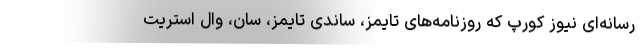
رسانه‌ای نیوز کورپ که روزنامه‌های تایمز، ساندی تایمز، سان، وال استریت